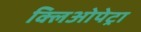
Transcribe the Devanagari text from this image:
क्लिओपेट्रा